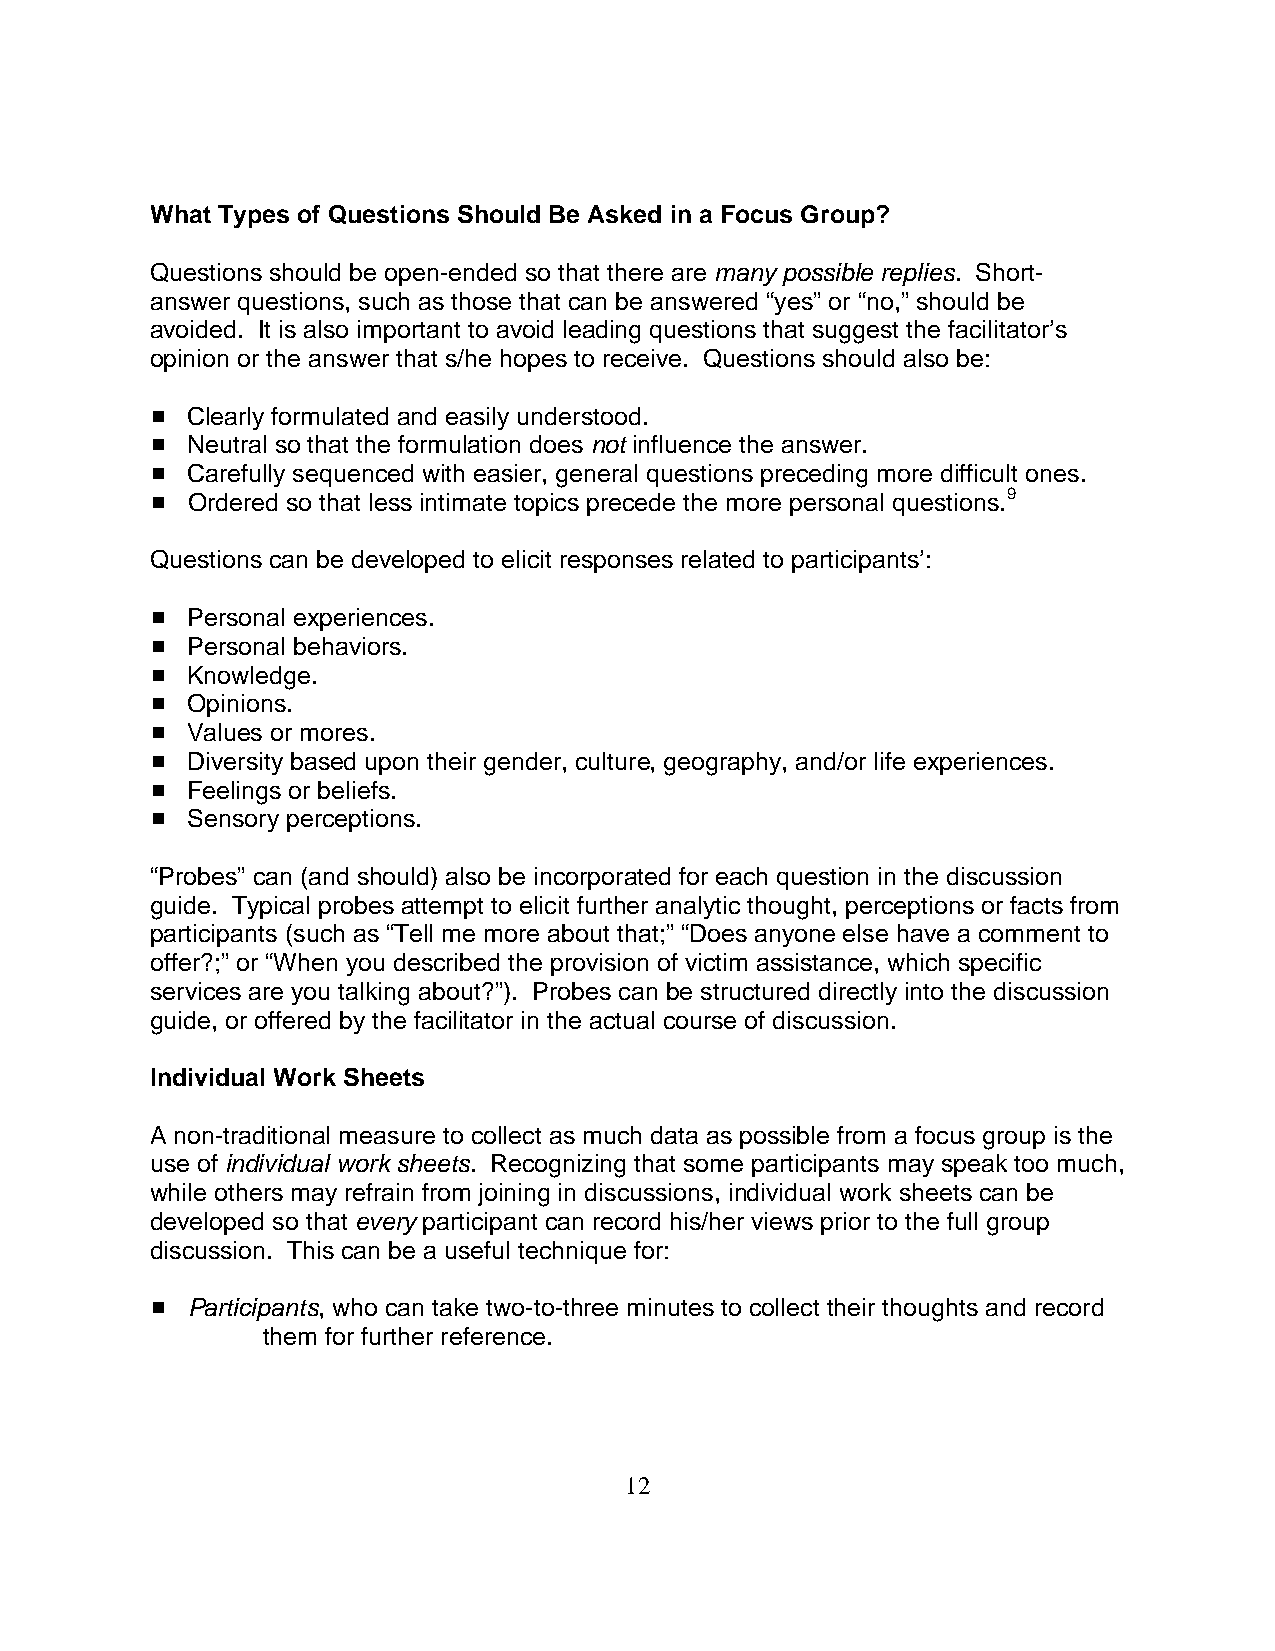
What Types of Questions Should Be Asked in a Focus Group?
 Questions should be open-ended so that there are many possible replies. Short-
 answer questions, such as those that can be answered “yes” or “no,” should be
 avoided. It is also important to avoid leading questions that suggest the facilitator’s
 opinion or the answer that s/he hopes to receive. Questions should also be:
 # Clearly formulated and easily understood.
 # Neutral so that the formulation does not influence the answer.
 # Carefully sequenced with easier, general questions preceding more difficult ones.
 # Ordered so that less intimate topics precede the more personal questions.9
 Questions can be developed to elicit responses related to participants’:
 # Personal experiences.
 # Personal behaviors.
 # Knowledge.
 # Opinions.
 # Values or mores.
 # Diversity based upon their gender, culture, geography, and/or life experiences.
 # Feelings or beliefs.
 # Sensory perceptions.
 “Probes” can (and should) also be incorporated for each question in the discussion
 guide. Typical probes attempt to elicit further analytic thought, perceptions or facts from
 participants (such as “Tell me more about that;” “Does anyone else have a comment to
 offer?;” or “When you described the provision of victim assistance, which specific
 services are you talking about?”). Probes can be structured directly into the discussion
 guide, or offered by the facilitator in the actual course of discussion.
 Individual Work Sheets
 A non-traditional measure to collect as much data as possible from a focus group is the
 use of individual work sheets. Recognizing that some participants may speak too much,
 while others may refrain from joining in discussions, individual work sheets can be
 developed so that every participant can record his/her views prior to the full group
 discussion. This can be a useful technique for:
 # Participants, who can take two-to-three minutes to collect their thoughts and record
 them for further reference.
 12